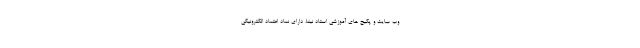
وب سایت و پکیج های آموزشی استاد نینا، دارای نماد اعتماد الکترونیکی